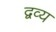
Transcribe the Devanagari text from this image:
द्वव्य